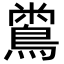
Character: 𪂟